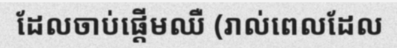
ដែលចាប់ផ្តើមឈឺ (រាល់ពេលដែល